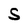
Character: S